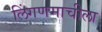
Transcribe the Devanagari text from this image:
लिंगणमाचीला